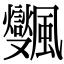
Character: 𩙜